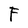
Character: F